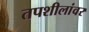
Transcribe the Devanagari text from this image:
तपशीलांवर